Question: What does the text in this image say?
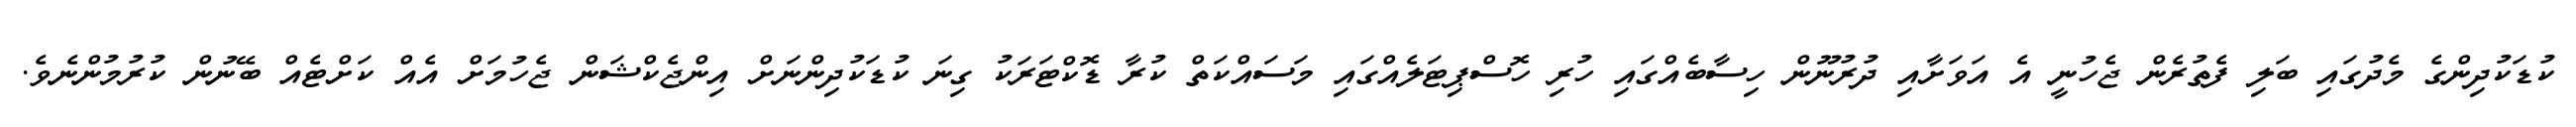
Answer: ކުޑަކުދިންގެ މެދުގައި ބަލި ފެތުރެން ޖެހުނީ އެ އަވަށާއި ދުރުނޫން ހިސާބެއްގައި ހުރި ހޮސްޕިޓަލެއްގައި މަސައްކަތް ކުރާ ޑޮކްޓަރަކު ގިނަ ކުޑަކުދިންނަށް އިންޖެކްޝަން ޖެހުމަށް އެއް ކަށްޓެއް ބޭނުން ކުރުމުންނެވެ.